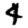
Digit: 4